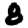
Digit: 8